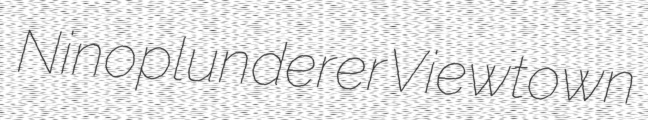
Nino plunderer Viewtown